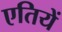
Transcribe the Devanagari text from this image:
एतियें